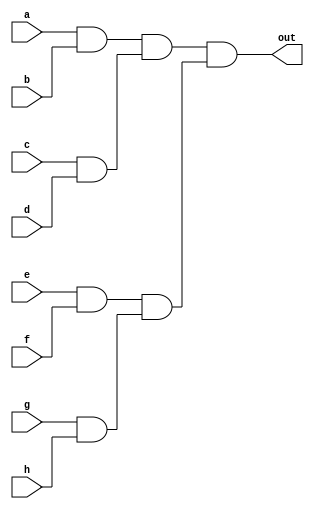
module And8Way(out, a, b, c, d, e, f, g, h);
    input a,b,c,d,e,f,g,h;
    output out;

    wire andAB, andCD, andEF, andGH, andAB_CD, andEF_GH;
    and and0(andAB, a, b);
    and and1(andCD, c, d);
    and and2(andEF, e, f);
    and and3(andGH, g, h);
    and and4(andAB_CD, andAB, andCD);
    and and5(andEF_GH, andEF, andGH);
    and and6(out, andAB_CD, andEF_GH);

    // Descrio de conexes internas do mdulo

endmodule